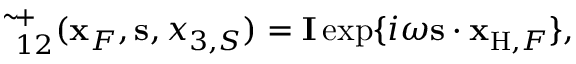
\begin{array} { r } { \tilde { \bf \Gamma } _ { 1 2 } ^ { + } ( { \bf x } _ { F } , { \bf s } , x _ { 3 , S } ) = { \bf I } \exp \{ i \omega { \bf s } \cdot { \bf x } _ { \mathrm { H } , F } \} , } \end{array}